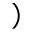
)